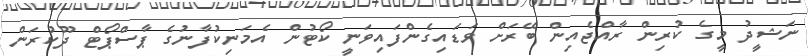
ނަޝީދު މީގެ ކުރިން ރާއްޖެއިން ބޭރަށް ވަޑައިގެންފައިވަނީ ކޯޓުން އެމަނިކުފާނުގެ ޕާސްޕޯޓް ދޫކުރަން